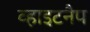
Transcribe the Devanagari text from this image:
व्हाइटनैप